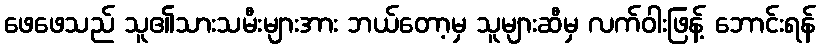
ဖေဖေသည် သူ၏သားသမီးများအား ဘယ်တော့မှ သူများဆီမှ လက်ဝါးဖြန့် ဘောင်းရန်